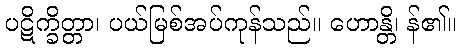
ပဋိက္ခိတ္တာ၊ ပယ်မြစ်အပ်ကုန်သည်။ ဟောန္တိ၊ န်၏။